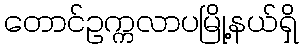
တောင်ဥက္ကလာပမြို့နယ်ရှိ